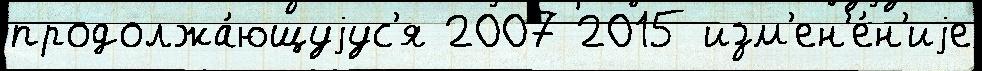
продолжа́ющуjус'я 2007 2015 изм'ен'е́н'иjе